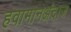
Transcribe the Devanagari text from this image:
हवामानअंदाज